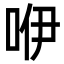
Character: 咿